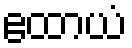
ဧထာယံ